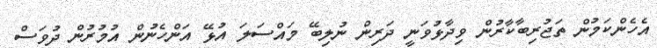
އެހެންކަމުން ތަޖުރިބާކާރުން ވިދާޅުވަނީ ދަރިން ނުލިބޭ މައްސަލަ އުޅޭ އަންހެނުން އުމުރުން ދުވަސް